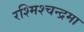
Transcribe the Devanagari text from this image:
रश्मिश्चन्द्रमा